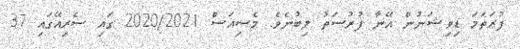
ފުރަތަމަ ޑިވިޝަނުން އޭނާ ފުރުސަތު ލިބުނެވެ. މެސިއަސް 2020/2021 ގައި ސެރިއޭގައި 37